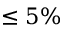
\leq 5 \%